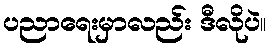
ပညာရေးမှာလည်း ဒီလိုပဲ။